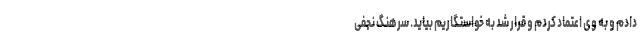
دادم و به وی اعتماد کردم و قرار شد به خواستگاریم بیاید. سرهنگ نجفی